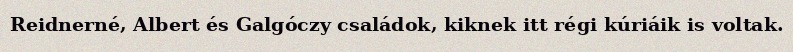
Reidnerné, Albert és Galgóczy családok, kiknek itt régi kúriáik is voltak.